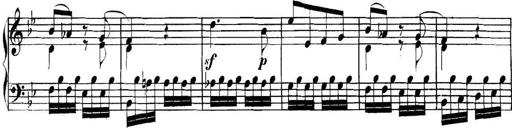
Title: Collected Piano Sonatas
Composer: Muzio Clementi